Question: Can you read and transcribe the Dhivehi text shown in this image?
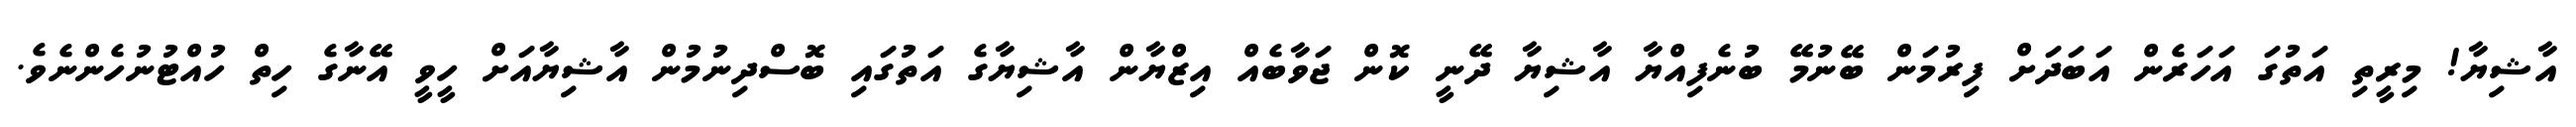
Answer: އާޝިޔާ! މިރީތި އަތުގަ އަހަރެން އަބަދަށް ފިރުމަން ބޭނުމޭ ބުނެފިއްޔާ އާޝިޔާ ދޭނީ ކޮން ޖަވާބެއް އިޒްޔާން އާޝިޔާގެ އަތުގައި ބޮސްދިނުމުން އާޝިޔާއަށް ހީވީ އޭނާގެ ހިތް ހުއްޓުނުހެންނެވެ.